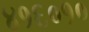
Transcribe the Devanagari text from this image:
४१६०१०